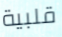
قلبية